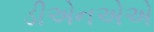
ડીએનએએ